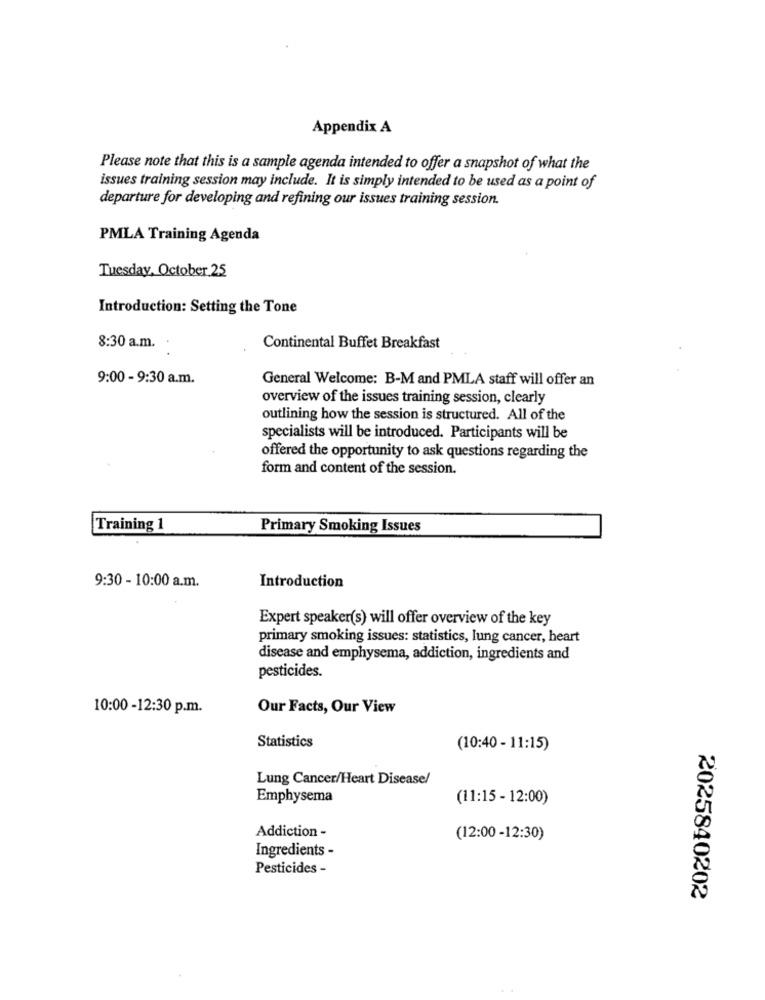
Appendix A
Please note that this is a sample agenda intended to offer a snapshot of what the
issues training session may include. It is simply intended to be used as a point of
departure for developing and refining our issues training session.
PMLA Training Agenda
Tuesday, October 25
Introduction: Setting the Tone
8:30 a.m.
Continental Buffet Breakfast
9:00 - 9:30 a.m.
General Welcome: B-M and PMLA staff will offer an
overview of the issues training session, clearly
outlining how the session is structured. All of the
specialists will be introduced. Participants will be
offered the opportunity to ask questions regarding the
form and content of the session.
Training 1
Primary Smoking Issues
9:30 - 10:00 a.m.
Introduction
Expert speaker(s) will offer overview of the key
primary smoking issues: statistics, lung cancer, heart
disease and emphysema, addiction, ingredients and
pesticides.
10:00 -12:30 p.m.
Our Facts, Our View
Statistics
(10:40 - 11:15)
Lung Cancer/Heart Disease/
Emphysema
(11:15 - 12:00)
Addiction -
(12:00 -12:30)
Ingredients -
Pesticides -
2025840202